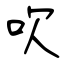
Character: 吹